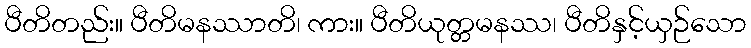
ပီတိတည်း။ ပီတိမနဿာတိ၊ ကား။ ပီတိယုတ္တမနဿ၊ ပီတိနှင့်ယှဉ်သော